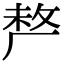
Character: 𠩺